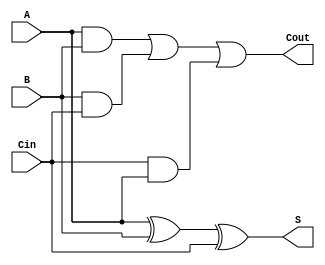
module full_adder(A, B, Cin, Cout, S);
input A, B, Cin;
output Cout, S;
assign S = A^B^Cin;
assign Cout = (A&B) | (B&Cin) | (Cin&A);
endmodule

module half_adder(A, B, C, S);
input A, B;
output C, S;
assign S = A^B;
assign C = A&B;
endmodule

module adder_4bit(A, B, Cout, S);
input [3:0] A, B;
output Cout;
output [3:0] S;
wire c1, c2, c3;
half_adder a0(A[0], B[0], c1, S[0]);
full_adder a1(A[1], B[1], c1, c2, S[1]);
full_adder a2(A[2], B[2], c2, c3, S[2]);
full_adder a3(A[3], B[3], c3, Cout, S[3]);
endmodule